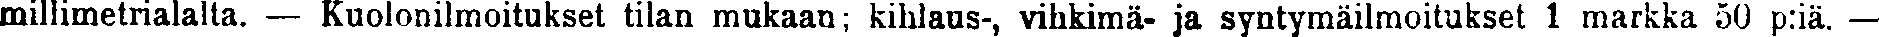
millimetrialalta. — Kuolonilmoitukset tilan mukaan; kihlaus-, vihkimä- ja syntymäilmoitukset 1 markka 50 p:iä. —